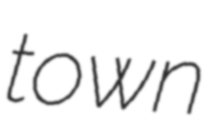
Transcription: town